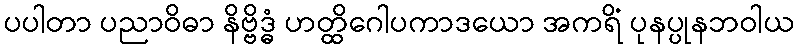
ပပါတာ ပညာဝိဓာ နိဗ္ဗိဒ္ဓံ ဟတ္ထိဂေါပကာဒယော အကရိံ ပုနပ္ပုနဘဝါယ